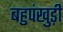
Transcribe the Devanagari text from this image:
बहुपंखुड़ी